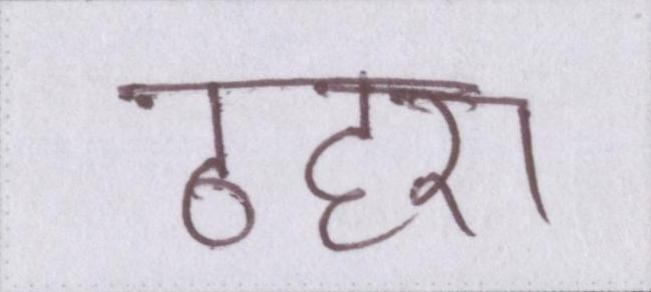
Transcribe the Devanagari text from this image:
ठहरा